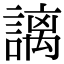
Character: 謧